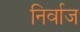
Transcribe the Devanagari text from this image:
निर्वाज